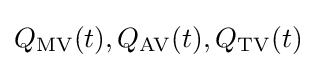
Q_{\mathrm {MV} }(t),Q_{\mathrm {AV} }(t),Q_{\mathrm {TV} }(t)